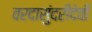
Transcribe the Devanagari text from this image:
वरदासुंदरीदेवी